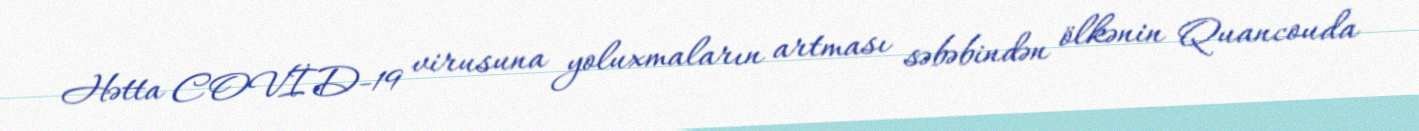
Hətta COVİD-19 virusuna yoluxmaların artması səbəbindən ölkənin Quancouda